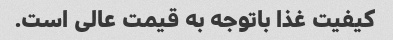
کیفیت غذا باتوجه به قیمت عالی است.